NAE_ERA_R-2632_ENSV_TA_Emakeele_Selts_1945-1955, lk 61
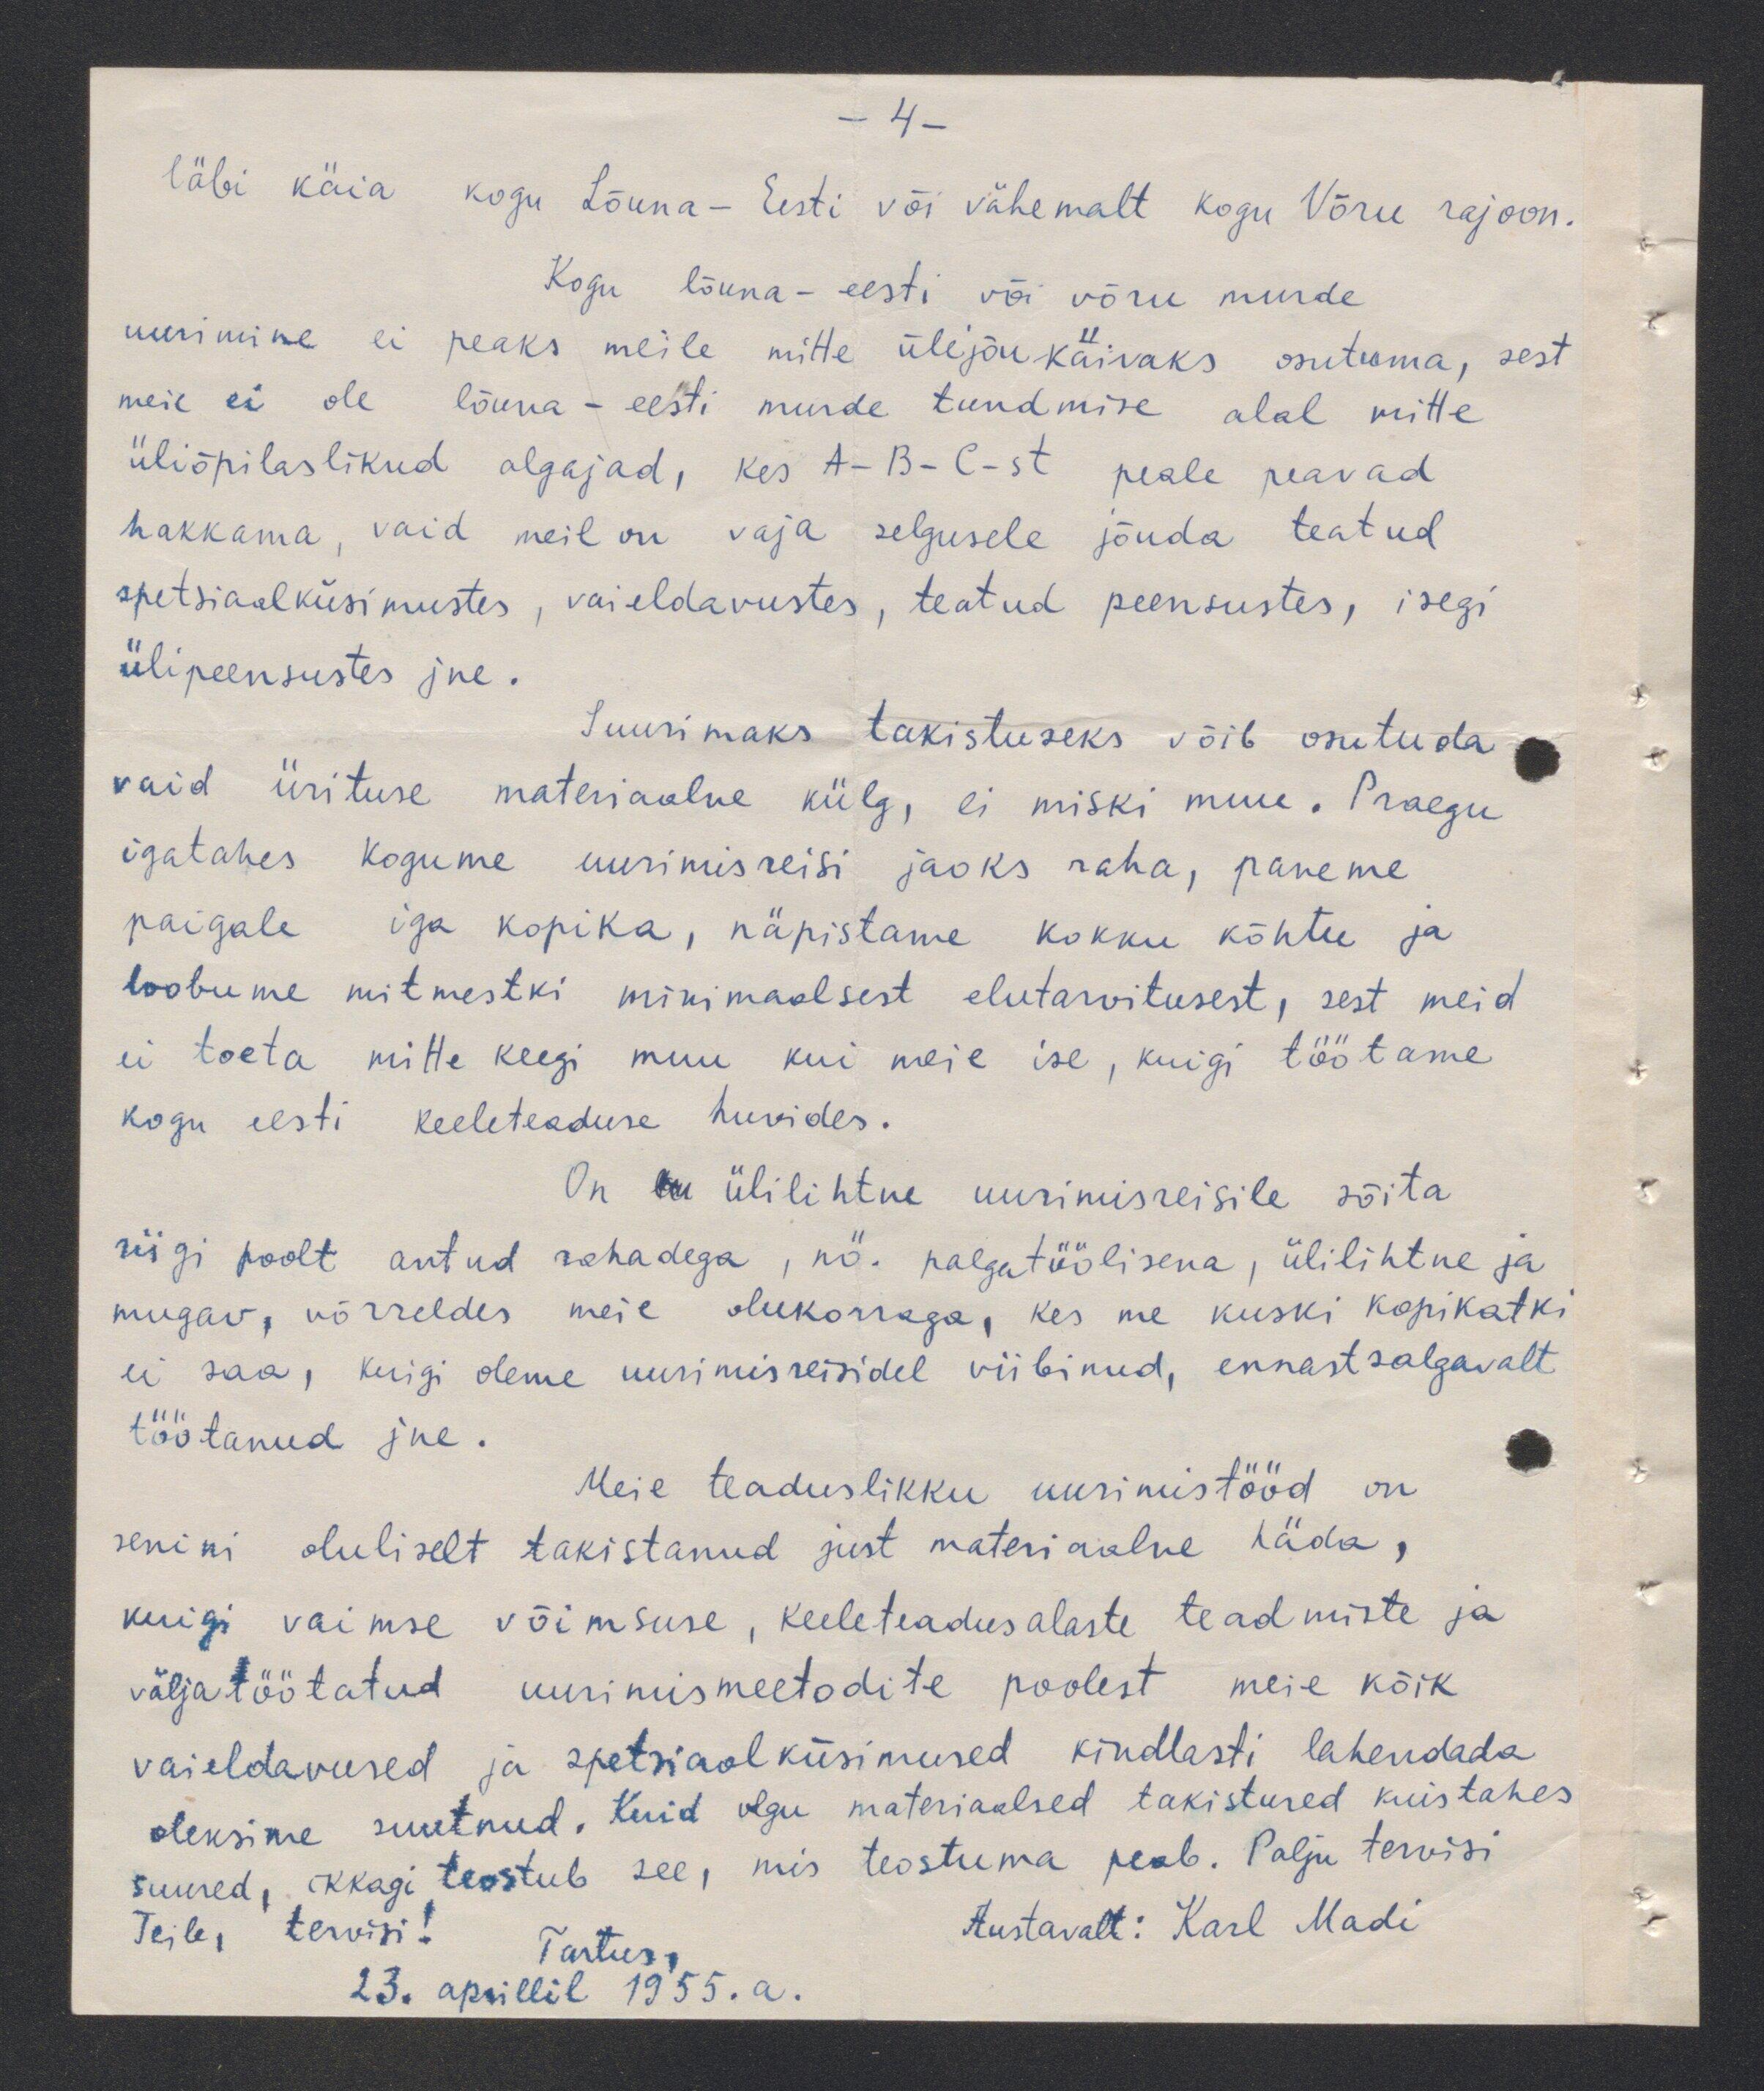
4.
läbi käia kogu Lõuna-Eesti või vähemalt kogu Võru rajoon.
Kogu lõuna-eesti või võru murde
uurimine ei peaks meile mitte ülejõukäivaks osutuma, sest
meil ei ole lõuna - eesti murde tundmise alal mitte
üliõpilaslikud algajad, kes A-B-C-st peale peavad
hakkama, vaid meil on vaja selgusele jõuda teatud
spetsiaalküsimustes, vaieldavustes, teatud peensustes, isegi
ülipeensustes jne.
Suurimaks takistuseks võib osutuda
vaid ürituse materiaalne külg, ei miski muu. Praegu
igatahes kogume uurimisreisi jaoks raha, paneme
paigale iga kopika, näpistame kokku kõhtu ja
loobume mitmestki minimaalsest elutarvitusest, sest meid
ei toeta mitte keegi muu kui meie ise, kuigi töötame
kogu eesti keeleteaduse huvides.
On lu ülilihtne uurimisreisile sõita
riigi poolt antud rahadega, nö. palgatöölisena, ülilihtne ja
mugav, võrreldes meie olukorraga, kes me kuski kopikatki
ei saa, kuigi oleme uurimisreisidel viibinud, ennast salgavalt
töötanud jne.
Meie teaduslikku uurimistööd on
senini oluliselt takistanud just materiaalne häda,
kuigi vaimse võimsuse, keeleteadusalaste teadmiste ja
välja töötatud uurimismeetodite poolest meie kõik
vaieldavused ja spetsiaalküsimused kindlasti lahendada
oleksime suutnud. Kuid olgu materiaalsed takistused kuistahes
suured, ikkagi teostub see, mis teostuma peab. Palju tervisi
Austavalt: Karl Madi
Teile, tervisi!
Tartus.
23. aprillil 1955.a.